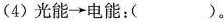
(4)光能\rightarrow电能：( )。